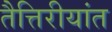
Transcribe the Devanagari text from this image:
तैत्तिरीयांत